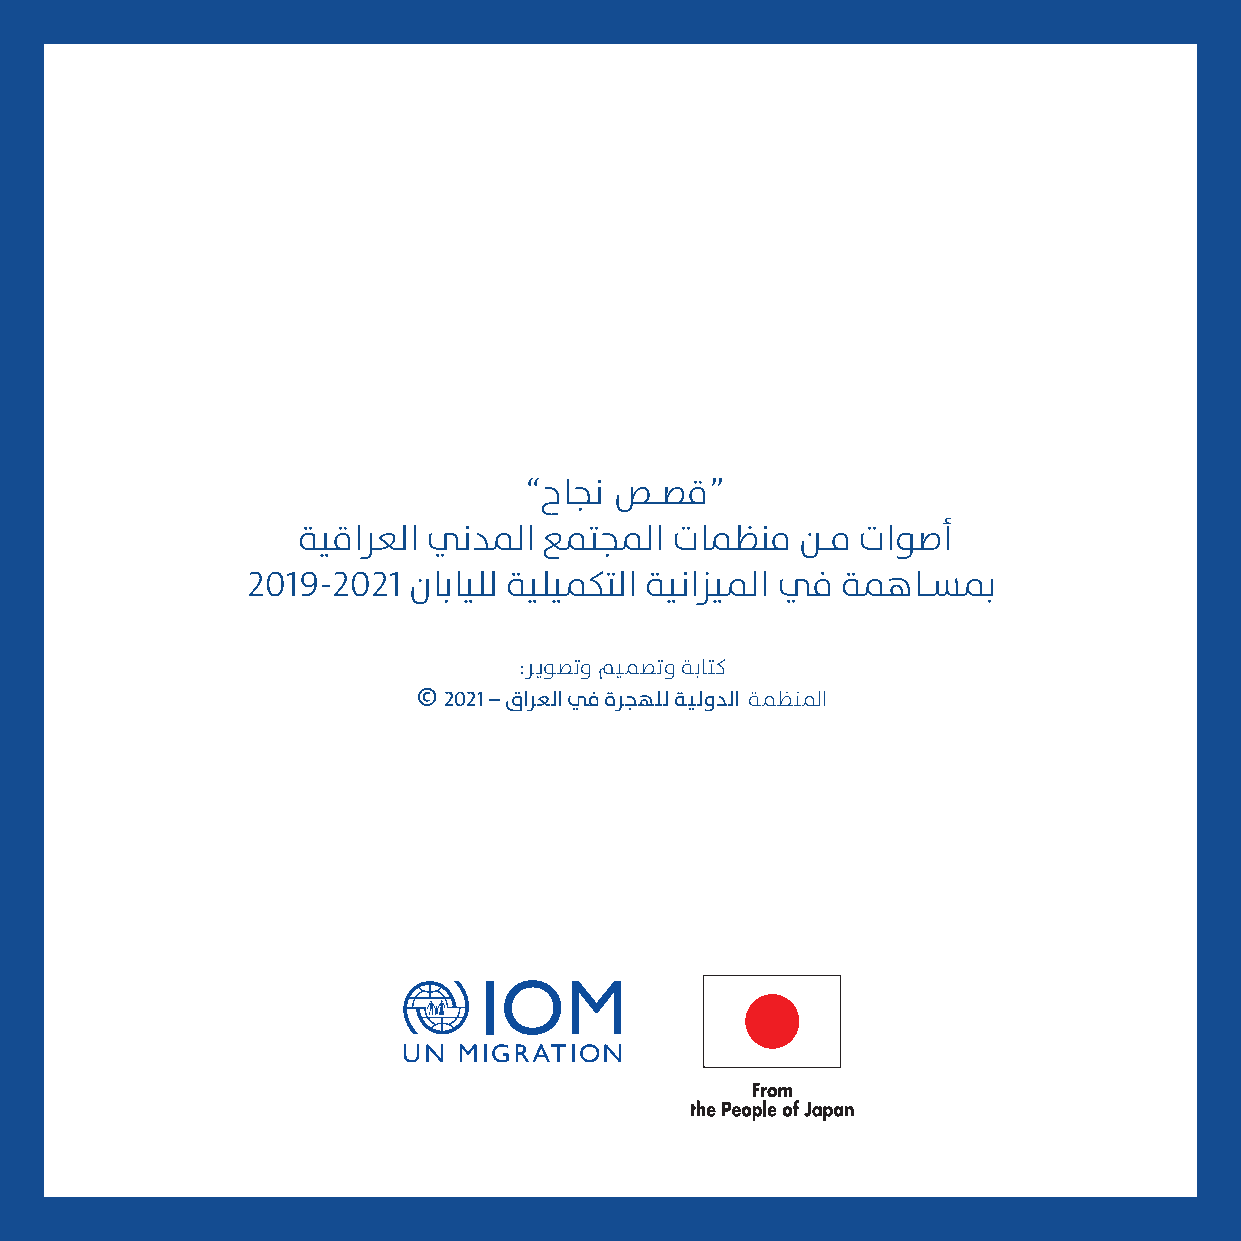
”حاجن صــصق“
 ةيقارعلا نيدلما عمتجلما تماظنم   نــم تاوصأ
 2019-2021  نابايلل ةيليمكتلا ةينازيلما في ةمهاــسبم
 :ريوصتو ميمصتو ةباتك
 © 2021 – قارعلا في ةرجهلل ةيلودلا ةمظنلما